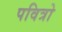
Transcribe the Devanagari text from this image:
पवित्रो